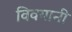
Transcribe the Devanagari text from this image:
विवयानी